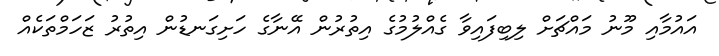
އައުމާއި މޫނު މައްޗަށް ލިބިފައިވާ ގެއްލުމުގެ އިތުރުން އޭނާގެ ހަށިގަނޑުން އިތުރު ޒަހަމްތަކެއް